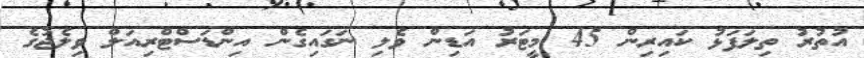
އުތުރު ތިލަފަޅު ކައިރިން 45 މީޓަރު އަޑިން ވެލި ނަގައިގެން އިންޑަސްޓްރިއަލް ވިލެޖުގެ